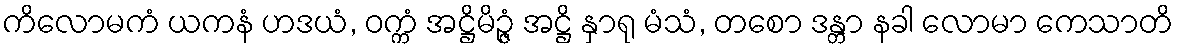
ကိလောမကံ ယကနံ ဟဒယံ, ဝက္ကံ အဋ္ဌိမိဉ္ဇံ အဋ္ဌိ နှာရု မံသံ, တစော ဒန္တာ နခါ လောမာ ကေသာတိ